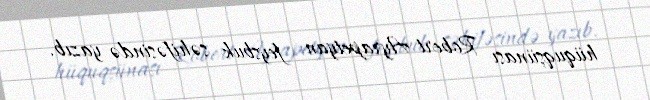
hüquqşünası Robert Ayrapetyan feysbuk səhifəsində yazıb.